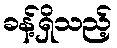
ခန့်ရှိသည့်